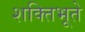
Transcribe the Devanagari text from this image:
शक्तिभूते